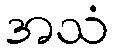
အသံ